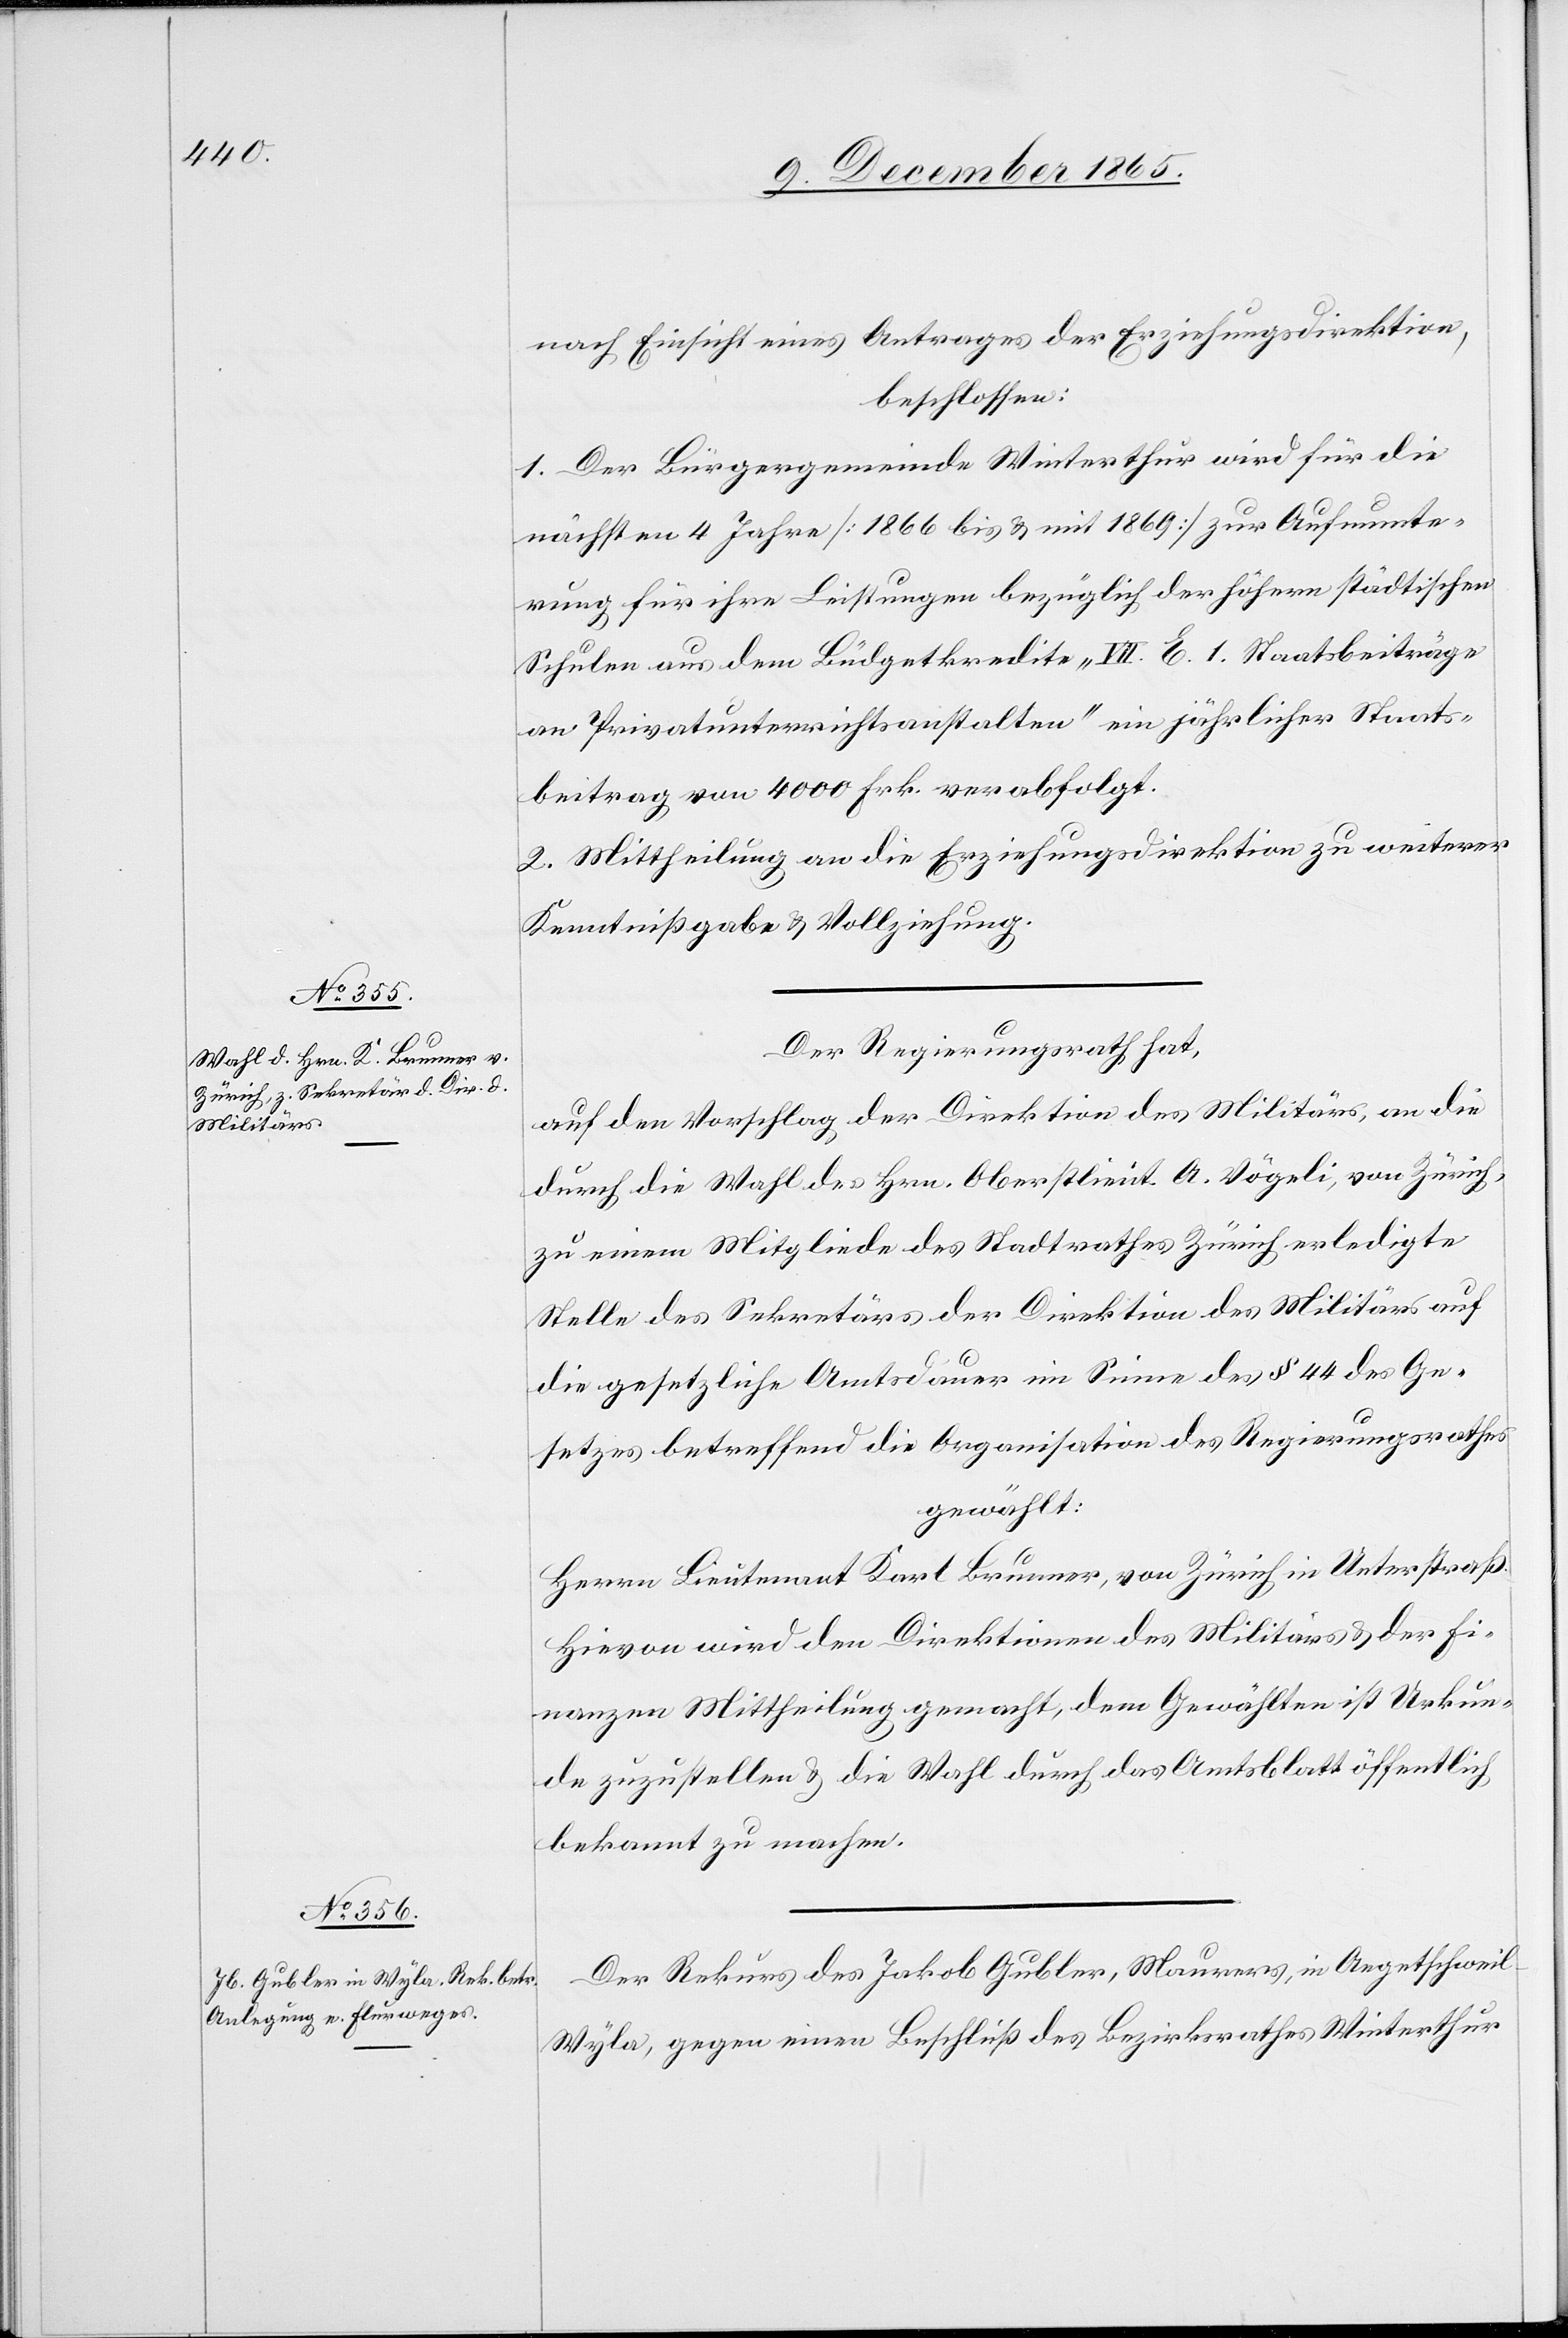
nach Einsicht eines Antrages der Erziehungsdirektion,
beschlossen:
1. Der Bürgergemeinde Winterthur wird für die
nächsten 4 Jahre [1866 bis & mit 1869] zur Aufmunte¬
rung für ihre Leistungen bezüglich der höhern städtischen
Schulen aus dem Büdgetkredite „VII. E. 1. Staatsbeiträge
an Privatunterrichtsanstalten“ ein jährlicher Staats¬
beitrag von 4000 Frk. verabfolgt.
2. Mittheilung an die Erziehungsdirektion zu weiterer
Kenntnißgabe & Vollziehung.
Der Regierungsrath hat,
auf den Vorschlag der Direktion des Militärs, an die
durch die Wahl des Hrn. Oberstlieut. A. Vögeli, von Zürich,
zu einem Mitgliede des Stadtrathes Zürich erledigte
Stelle des Sekretärs der Direktion des Militärs auf
die gesetzliche Amtsdauer im Sinne des § 44 des Ge¬
setzes betreffend die Organisation des Regierungsrathes
gewählt:
Herrn Lieutnant Karl Brunner, von Zürich in Unterstraß.
Hievon wird den Direktionen des Militärs & der Fi¬
nanzen Mittheilung gemacht, dem Gewählten ist Urkun¬
de zuzustellen & die Wahl durch das Amtsblatt öffentlich
bekannt zu machen.
Der Rekurs des Jakob Gubler, Maurers, in Angetschweil
Wyla, gegen einen Beschluß des Bezirksrathes Winterthur